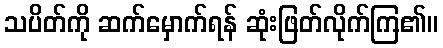
သပိတ်ကို ဆက်မှောက်ရန် ဆုံးဖြတ်လိုက်ကြ၏။